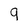
Character: 9